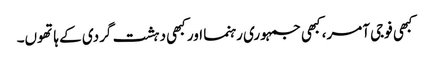
کبھی فوجی آمر، کبھی جمہوری رہنما اور کبھی دہشت گردی کے ہاتھوں۔